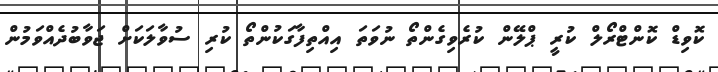
ކޮވިޑް ކޮންޓްރޯލް ކުރީ ޕްލޭން ކުރެވިގެންތޯ ނުވަތަ އިއްތިފާގަކުންތޯ ކުރި ސުވާލަކަށް ޖަވާބުދެއްވަމުން